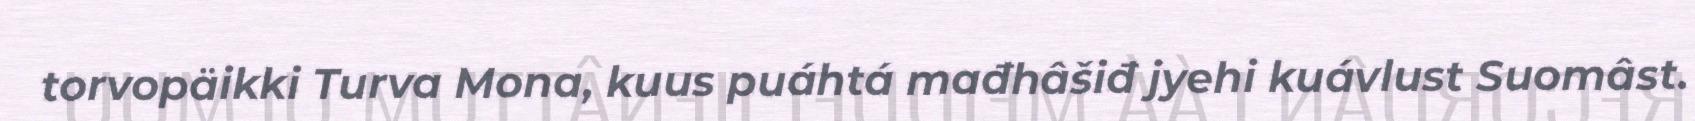
torvopäikki Turva Mona, kuus puáhtá mađhâšiđ jyehi kuávlust Suomâst.